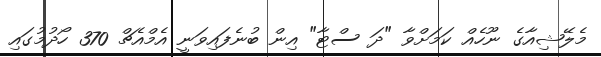
މެލޭޝިއާގެ ނޫހެއް ކަމަށްވާ "ދަ ސްޓާ" އިން ބުނެފައިވަނީ އެމްއެޗް 370 ހޯދުމުގައި